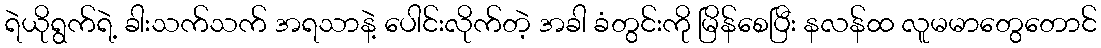
ရဲယိုရွက်ရဲ့ ခါးသက်သက် အရသာနဲ့ ပေါင်းလိုက်တဲ့ အခါ ခံတွင်းကို မြိန်စေပြီး နလန်ထ လူမမာတွေတောင်